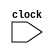
module TestCase(
  input wire clock,

);

localparam COUNT = 1600;

reg buffer[0:COUNT-1];

always @(posedge clock) begin : GENERATE
  integer ii;

  for(ii = 0; ii < COUNT; ii = ii + 1) begin
    buffer[ii] <= 1'b0;
  end
end

endmodule